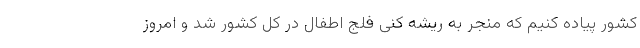
کشور پیاده کنیم که منجر به ریشه کنی فلج اطفال در کل کشور شد و امروز